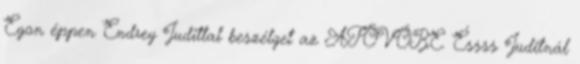
Egon éppen Endrey Judittal beszélget az ATÖVÖBE. Éssss Juditnál